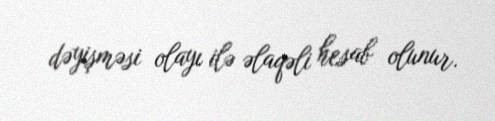
dəyişməsi olayı ilə əlaqəli hesab olunur.